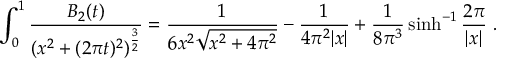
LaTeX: \int _ { 0 } ^ { 1 } { \frac { B _ { 2 } ( t ) } { ( x ^ { 2 } + ( 2 \pi t ) ^ { 2 } ) ^ { { \frac { 3 } { 2 } } } } } = { \frac { 1 } { 6 x ^ { 2 } \sqrt { x ^ { 2 } + 4 \pi ^ { 2 } } } } - { \frac { 1 } { 4 \pi ^ { 2 } | x | } } + { \frac { 1 } { 8 \pi ^ { 3 } } } \sinh ^ { - 1 } { \frac { 2 \pi } { | x | } } \ .